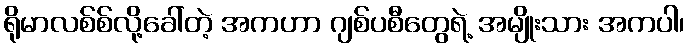
ရိုမာလစ်စ်လို့ခေါ်တဲ့ အကဟာ ဂျစ်ပစီတွေရဲ့ အမျိုးသား အကပါ၊